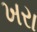
ખરા